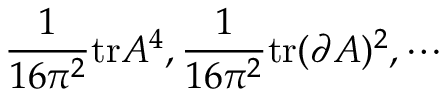
\frac { 1 } { 1 6 \pi ^ { 2 } } \mathrm { t r } A ^ { 4 } , \frac { 1 } { 1 6 \pi ^ { 2 } } \mathrm { t r } ( \partial A ) ^ { 2 } , \cdots